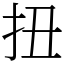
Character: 扭